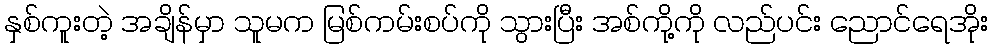
နှစ်ကူးတဲ့ အချိန်မှာ သူမက မြစ်ကမ်းစပ်ကို သွားပြီး အစ်ကို့ကို လည်ပင်း ညောင်ရေအိုး